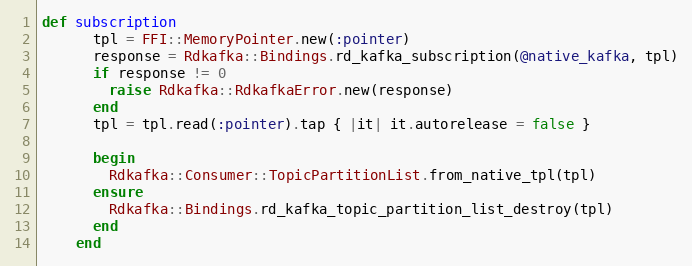
Language: Ruby
def subscription
      tpl = FFI::MemoryPointer.new(:pointer)
      response = Rdkafka::Bindings.rd_kafka_subscription(@native_kafka, tpl)
      if response != 0
        raise Rdkafka::RdkafkaError.new(response)
      end
      tpl = tpl.read(:pointer).tap { |it| it.autorelease = false }

      begin
        Rdkafka::Consumer::TopicPartitionList.from_native_tpl(tpl)
      ensure
        Rdkafka::Bindings.rd_kafka_topic_partition_list_destroy(tpl)
      end
    end